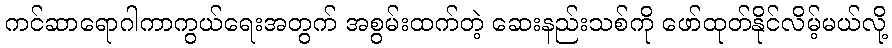
ကင်ဆာရောဂါကာကွယ်ရေးအတွက် အစွမ်းထက်တဲ့ ဆေးနည်းသစ်ကို ဖော်ထုတ်နိုင်လိမ့်မယ်လို့